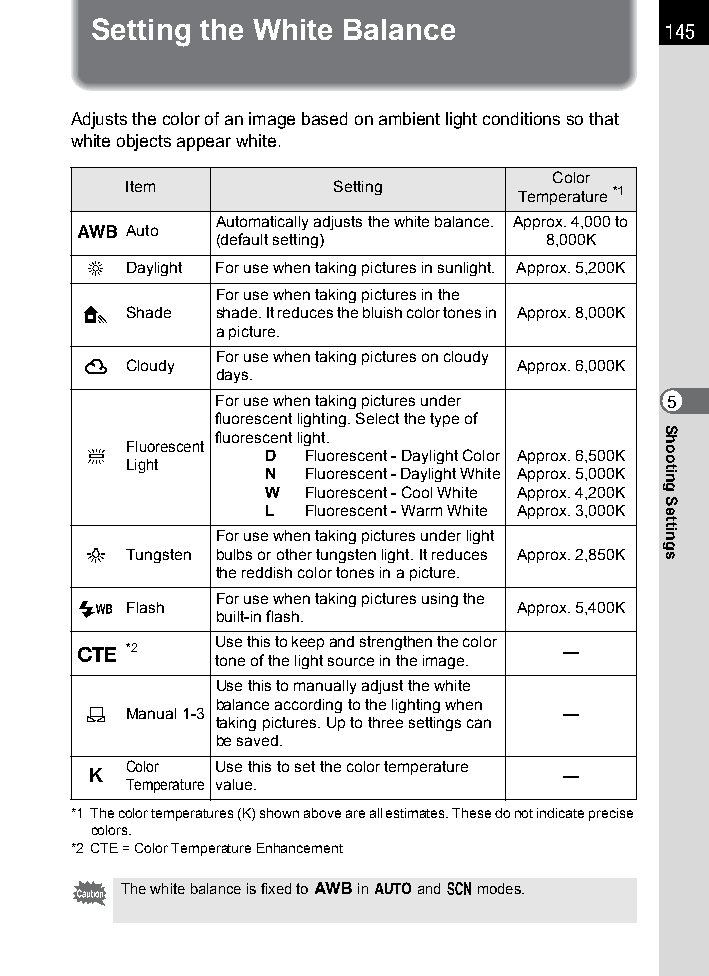
Setting the White Balance             145
 Adjusts the color of an image based on ambient light conditions so that
 white objects appear white.
 Color
 Item          Setting     Temperature *1
 Automatically adjusts the white balance. Approx. 4,000 to
 F  Auto
 (default setting)     8,000K
 G Daylight For use when taking pictures in sunlight. Approx. 5,200K
 For use when taking pictures in the
 H  Shade shade. It reduces the bluish color tones in Approx. 8,000K
 a picture.
 For use when taking pictures on cloudy
 ^  Cloudy                    Approx. 6,000K
 days.
 For use when taking pictures under 5
 fluorescent lighting. Select the type of
 fluorescent light.
 Fluorescent
 J           D  Fluorescent - Daylight Color Approx. 6,500K
 Light
 N  Fluorescent - Daylight White Approx. 5,000K
 W  Fluorescent - Cool White Approx. 4,200K
 L  Fluorescent - Warm White Approx. 3,000K
 For use when taking pictures under light
 I  Tungsten bulbs or other tungsten light. It reduces Approx. 2,850K
 the reddish color tones in a picture.
 For use when taking pictures using the
 L  Flash                     Approx. 5,400K
 built-in flash.
 Use this to keep and strengthen the color
 f  *2                           —
 tone of the light source in the image.
 Use this to manually adjust the white
 balance according to the lighting when
 K  Manual 1-3                   —
 taking pictures. Up to three settings can
 be saved.
 Color Use this to set the color temperature
 K                              —
 Temperature value.
 *1 The color temperatures (K) shown above are all estimates. These do not indicate precise
 colors.
 *2 CTE = Color Temperature Enhancement
 The white balance is fixed to F in n and H modes.
 Shooting
 Settings